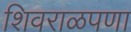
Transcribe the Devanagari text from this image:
शिवराळपणा